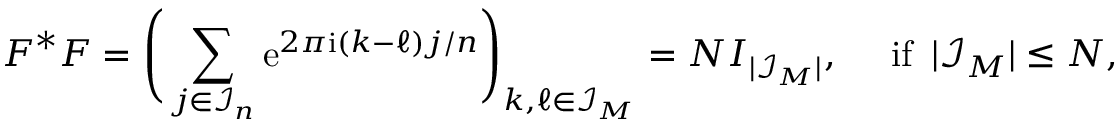
\boldsymbol F ^ { * } \boldsymbol F = \Bigg ( \sum _ { \boldsymbol j \in \mathcal I _ { \boldsymbol n } } \mathrm e ^ { 2 \pi \mathrm i ( \boldsymbol k - \boldsymbol \ell ) \boldsymbol j / { n } } \Bigg ) _ { \boldsymbol k , \boldsymbol \ell \in \mathcal I _ { \b { M } } } = N \boldsymbol I _ { | \mathcal I _ { \boldsymbol M } | } , \quad \mathrm { ~ i f ~ } \, | \mathcal I _ { \boldsymbol M } | \leq N ,